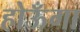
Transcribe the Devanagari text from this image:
होऊँगा